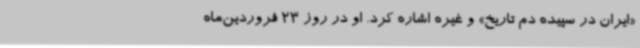
«ایران در سپیده دم تاریخ» و غیره اشاره کرد. او در روز 23 فروردین‌ماه